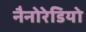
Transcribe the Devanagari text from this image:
नैनोरेडियो